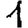
Digit: 1